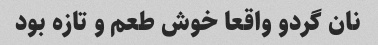
نان گردو واقعا خوش طعم و تازه بود